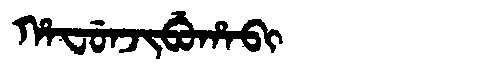
Manchu: ᡥᠠᠸᡠᠨᠵᡳᠪᡠᡥᠠᠪᡳ
Romanization: HAFUNJIBUHABI